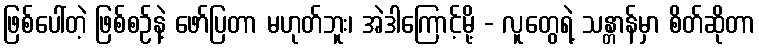
ဖြစ်ပေါ်တဲ့ ဖြစ်စဉ်နဲ့ ဖော်ပြတာ မဟုတ်ဘူး၊ အဲဒါကြောင့်မို့ - လူတွေရဲ့ သန္တာန်မှာ စိတ်ဆိုတာ